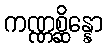
ကဏ္ဏစ္ဆိန္နော